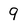
Character: 9